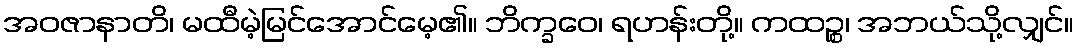
အဝဇာနာတိ၊ မထီမဲ့မြင်အောင်မေ့၏။ ဘိက္ခဝေ၊ ရဟန်းတို့။ ကထဉ္စ၊ အဘယ်သို့လျှင်။